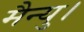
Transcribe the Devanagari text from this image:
मैन्यु।